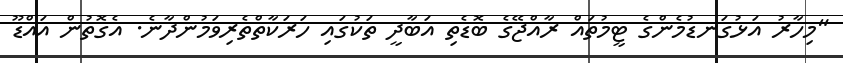
"މިހާރު އަޅުގަނޑުމެންގެ ޓީމުތައް ރާއްޖޭގެ ބޮޑެތި އަބާދީ ތަކުގައި ހަރަކާތްތެރިވަމުންދާނެ. އެގޮތުން އައްޑޫ